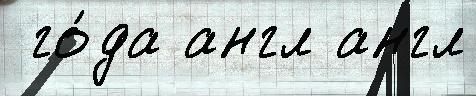
 го́да англ англ